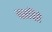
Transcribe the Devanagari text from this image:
बसविते